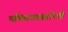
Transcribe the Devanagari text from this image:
मणिबंधप्रसारिणी